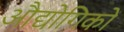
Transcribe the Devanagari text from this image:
औद्योगिकों